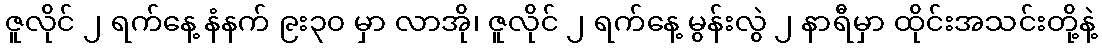
ဇူလိုင် ၂ ရက်နေ့ နံနက် ၉း၃၀ မှာ လာအို၊ ဇူလိုင် ၂ ရက်နေ့ မွန်းလွဲ ၂ နာရီမှာ ထိုင်းအသင်းတို့နဲ့